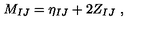
M _ { I J } = \eta _ { I J } + 2 Z _ { I J } \ ,